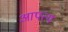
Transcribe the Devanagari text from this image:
आपत्य